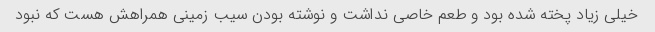
خیلی زیاد پخته شده بود و طعم خاصی نداشت و نوشته بودن سیب زمینی همراهش هست که نبود